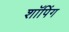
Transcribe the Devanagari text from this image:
शाॅपिंग